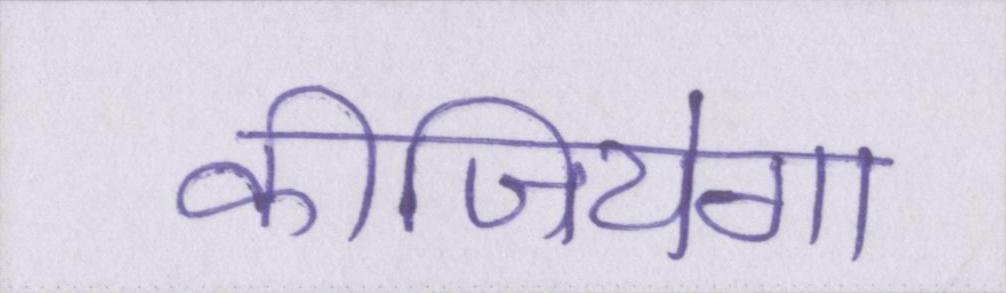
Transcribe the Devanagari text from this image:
कीजियेगा